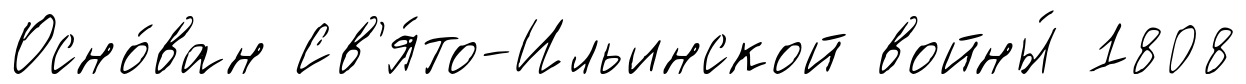
Осно́ван Св'я́то-Ильинской войны́ 1808